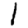
Digit: 1